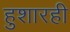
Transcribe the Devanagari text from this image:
हुशारही